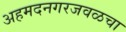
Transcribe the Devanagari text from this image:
अहमदनगरजवळचा